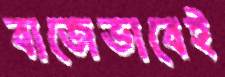
বাজেভাবেই